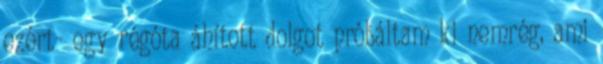
ezért- egy régóta áhított dolgot próbáltam ki nemrég, ami